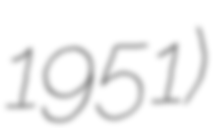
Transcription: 1951)